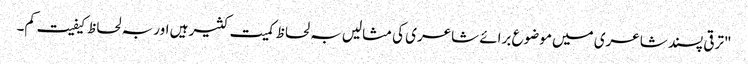
"ترقی پسند شاعری میں موضوع برائے شاعری کی مثالیں بہ لحاظ کمیت کثیر ہیں اور بہ لحاظ کیفیت کم۔